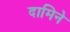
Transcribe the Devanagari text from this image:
दामिने